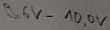
Text: 9,,6V-10,0V